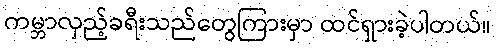
ကမ္ဘာလှည့်ခရီးသည်တွေကြားမှာ ထင်ရှားခဲ့ပါတယ်။